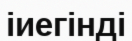
іиегінді